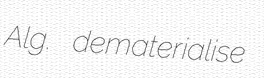
Alg. dematerialise